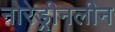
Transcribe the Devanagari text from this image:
नोरेड्रीनलीन